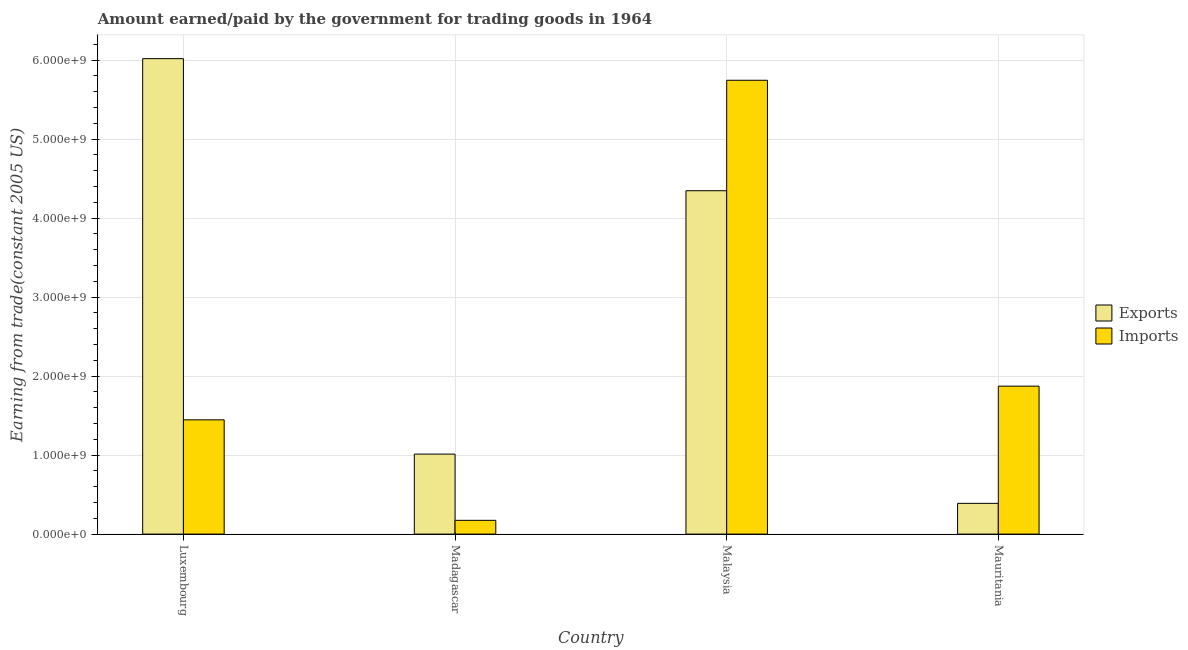
| Country | Exports | Imports |
 | --- | --- | --- |
 | Luxembourg | 6.02e+09 | 1.45e+09 |
 | Madagascar | 1.01e+09 | 1.74e+08 |
 | Malaysia | 4.35e+09 | 5.75e+09 |
 | Mauritania | 3.89e+08 | 1.87e+09 |